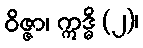
ဝိဇ္ဇာ၊ ဣဒ္ဓိ (၂)၊